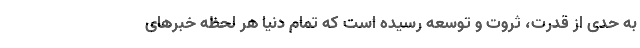
به حدی از قدرت، ثروت و توسعه رسیده است که تمام دنیا هر لحظه خبرهای